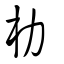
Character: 朸